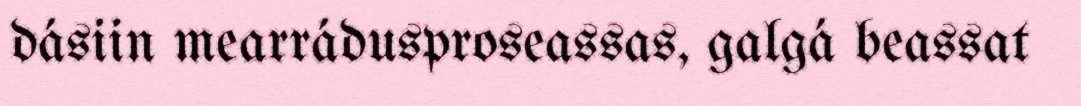
dásiin mearrádusproseassas, galgá beassat